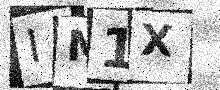
Text: IM1X